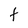
Character: t